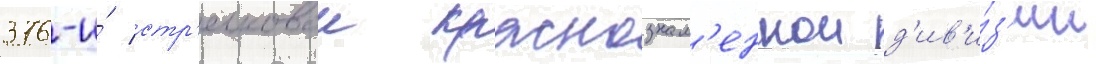
376-и́ стр'елковои краснознам'еннои д'ив'и́з'ии